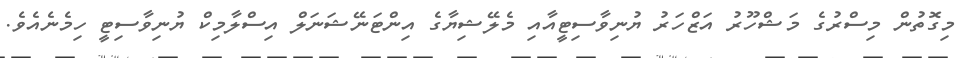
މިގޮތުން މިސްރުގެ މަޝްހޫރު އަޒްހަރު ޔުނިވާސިޓީއާއި މެލޭޝިޔާގެ އިންޓަނޭޝަނަލް އިސްލާމިކް ޔުނިވާސިޓީ ހިމެނެއެވެ.